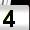
Digit: 4